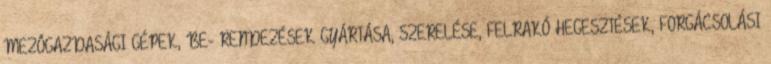
MEZÕGAZDASÁGI GÉPEK, BE- RENDEZÉSEK GYÁRTÁSA, SZERELÉSE, FELRAKÓ HEGESZTÉSEK, FORGÁCSOLÁSI